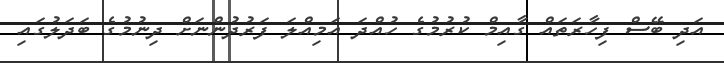
އަދި ބޭސް ފިހާރަތައް ގާއިމް ކުރުމުގެ ހުއްދަ އަމިއްލަ ފަރުދުންނަށް ދިނުމުގެ ބަދަލުގައި